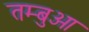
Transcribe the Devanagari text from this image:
तम्बुओ